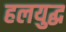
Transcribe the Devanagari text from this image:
हलयुद्ध